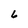
Character: 6